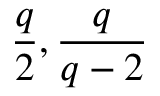
\frac { q } { 2 } , \frac { q } { q - 2 }